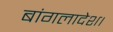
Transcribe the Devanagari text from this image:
बांगलादेश।